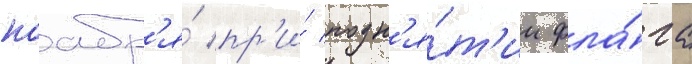
ноабр'я́ пр'и́ подн'я́т'ии фла́га